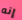
إنه